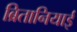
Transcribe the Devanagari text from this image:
ब्रितानियाई